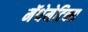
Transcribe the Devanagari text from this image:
मॅथेमेटिक्स